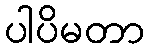
ပါပိမတာ